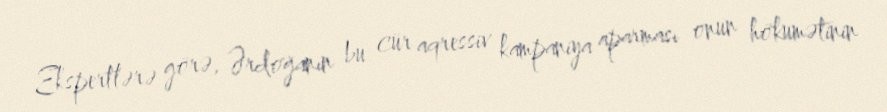
Ekspertlərə görə, Ərdoğanın bu cür aqressiv kampaniya aparması onun hökumətinin